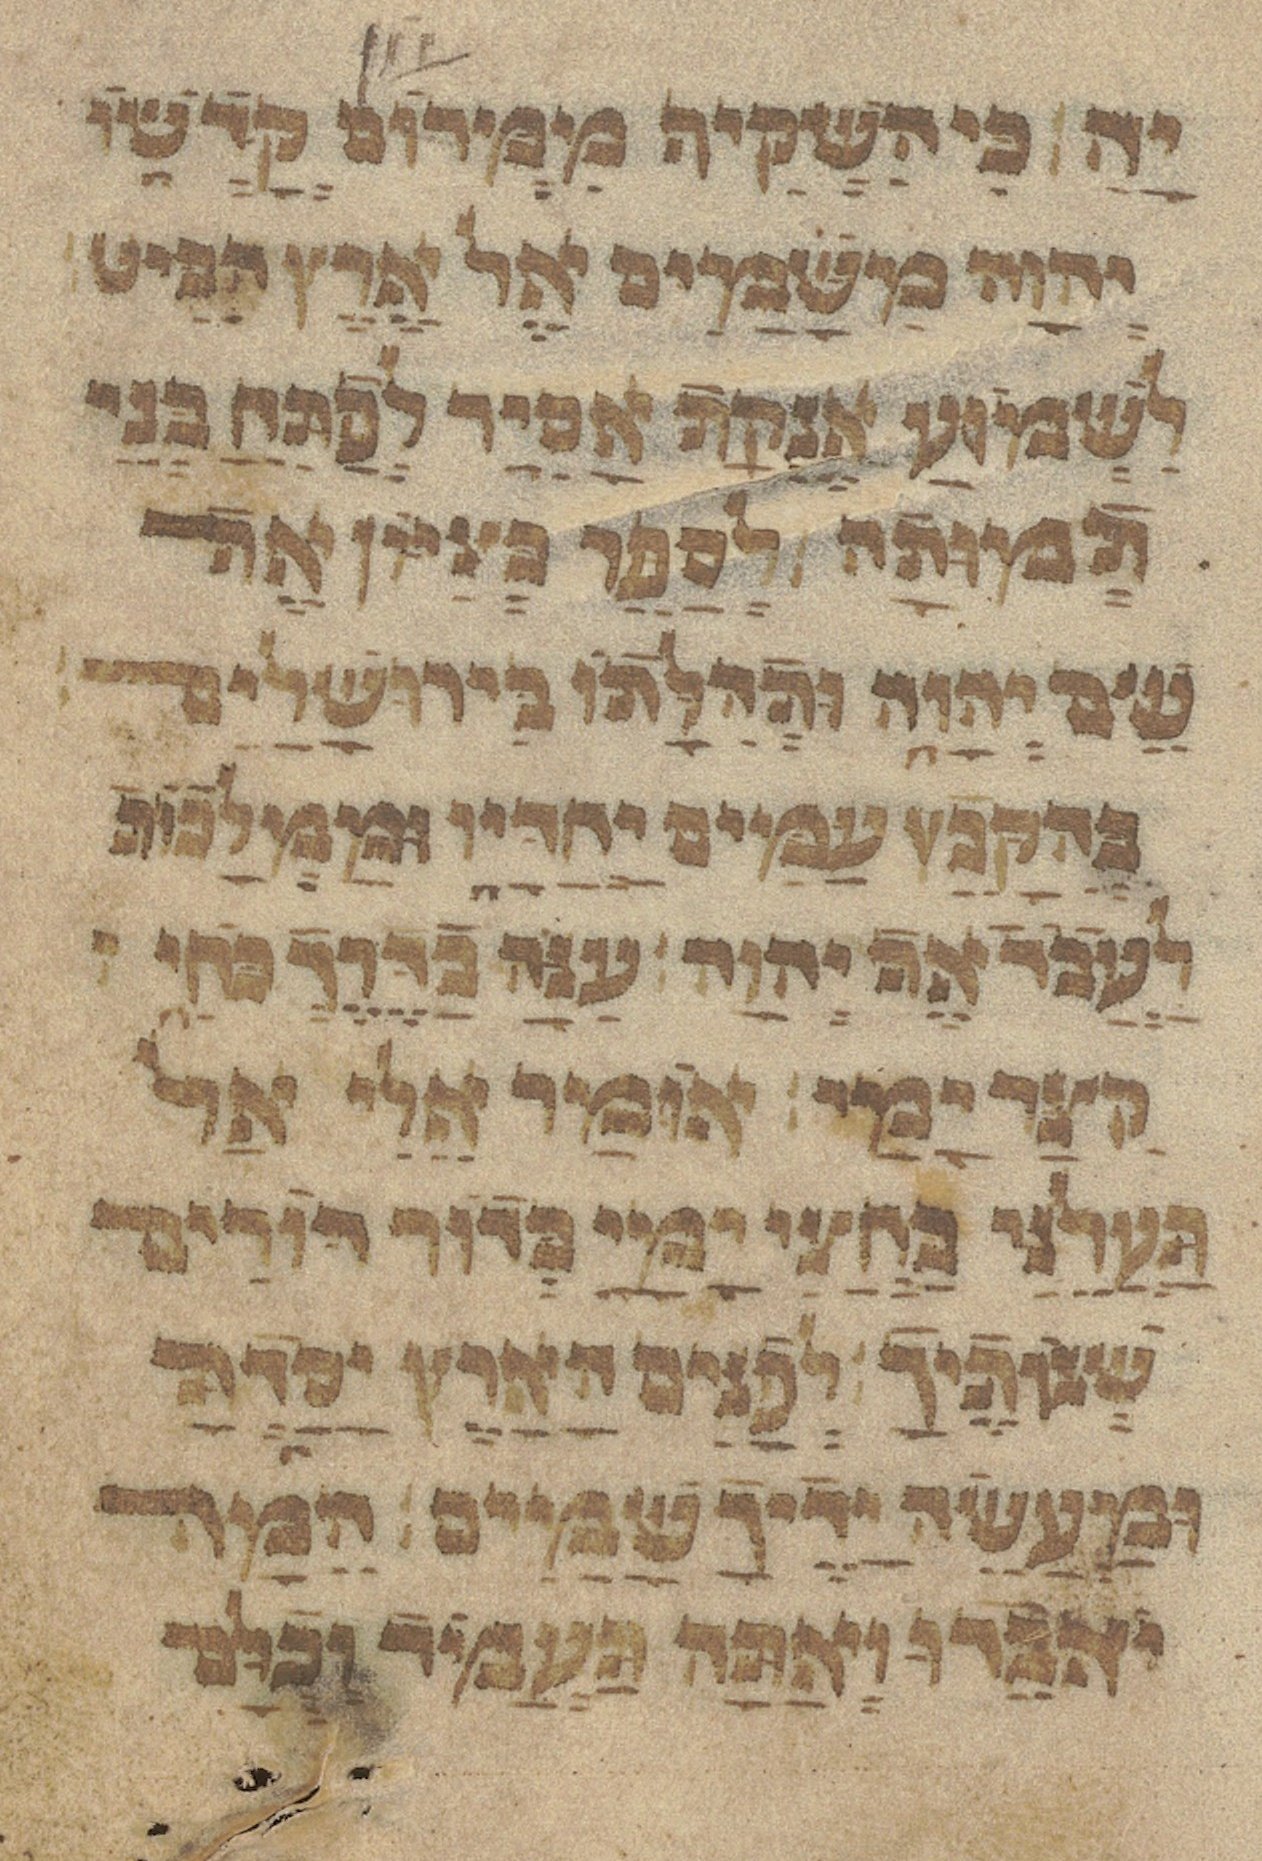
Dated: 1433–1433